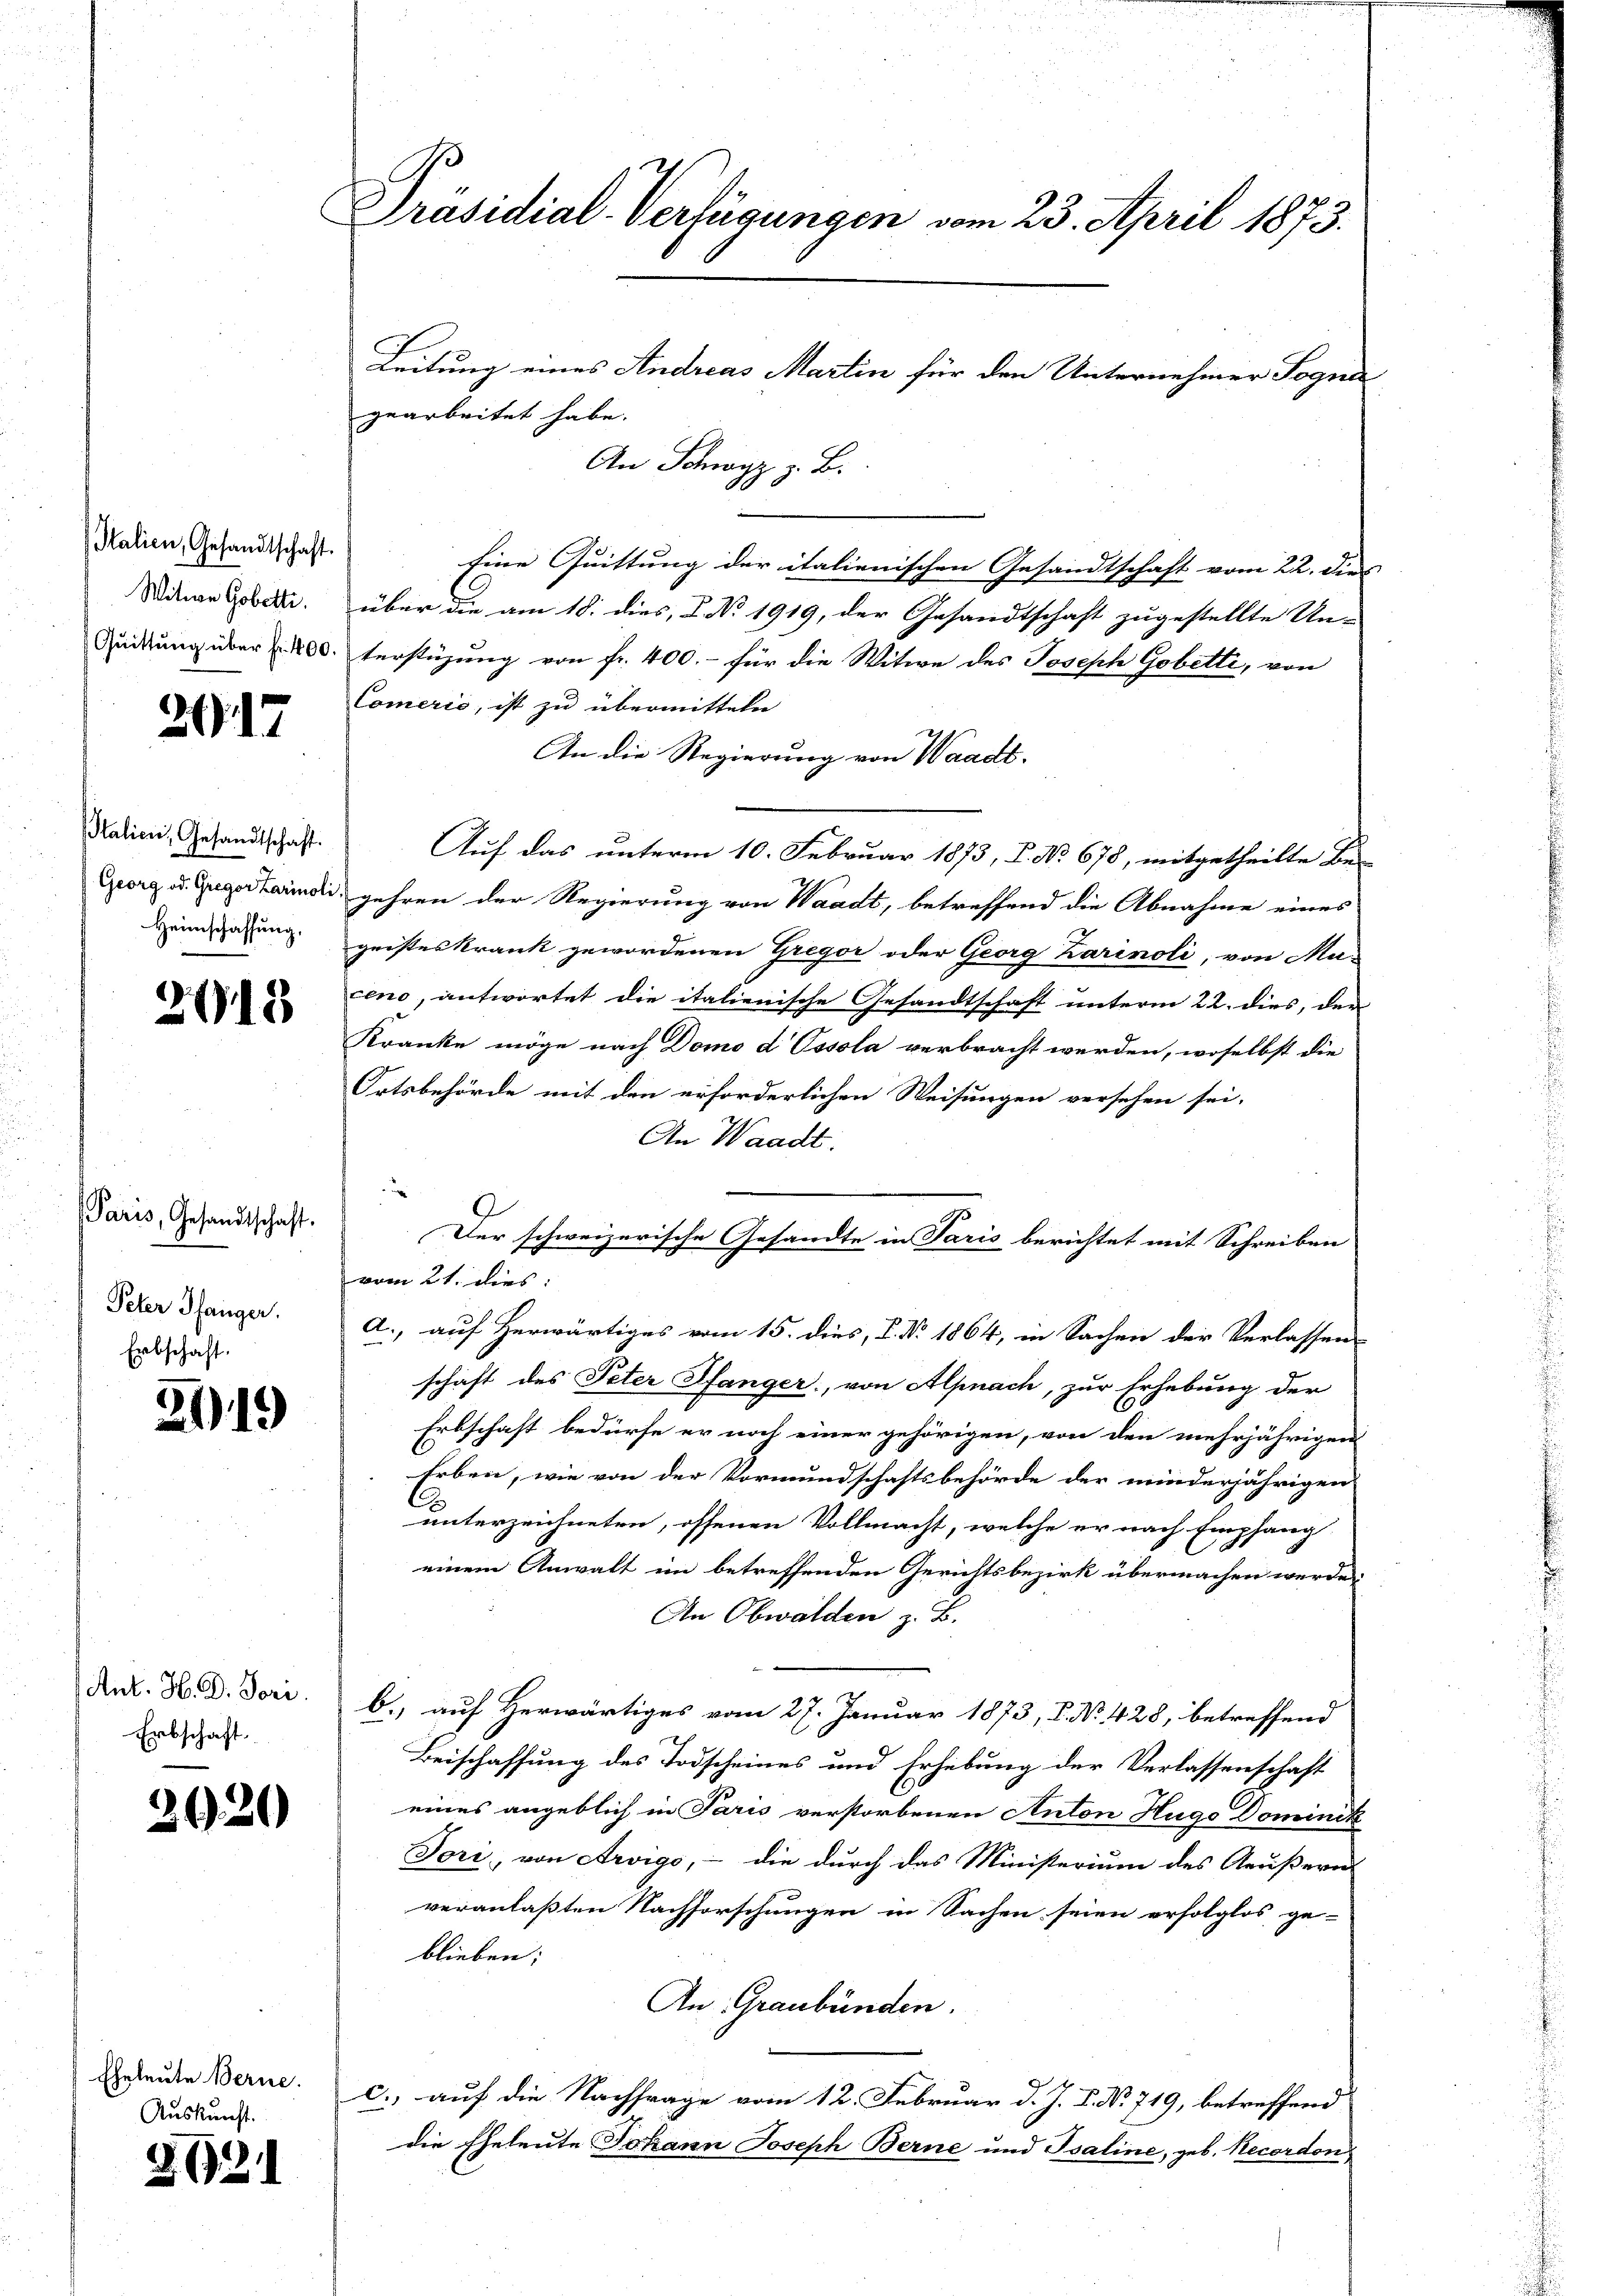
Italien, Gesandtschaft.
Witwe Gobette.

39. 17

Italien, Gesandtschaft.
Heimschaffung,

2118

Paris, Gesandtschaft.
Peter Pfanger.
Erbschaft.

2119

Ant. H. D. Tori.
Erbschaft

2020

Eheleute Berne.
Auskunft.

4621

Präsidial-Verfügungen vom 23. April 1873.

Syz z. B.
Eine Quittung der italienischen Gesandtschaft vom 22. dies |
über die am 18. dies, 2. No 1919, der Gesandtschaft zugestellte Un-
Zückung über 200. Verstüzung von fr. 400.- für die Witwe des Joseph Gobetti, von
Comerie, ist zu übermitteln
An die Regierung von Waadt.
Auf das unterm 10. Februar 1873, P. No 678, mitgetheilte Be-
Georg u. Gugerbarindi, gehren der Regierung von Waadt, betreffend die Abnahme eines
geisteskrank gewordenen Gregor oder Georg Karinoli, von Ma-
eno, antwortet die italienische Gesandtschaft unterm 22. dies, der
Kranke möge nach Domo d Ossola verbracht werden, woselbst die
Ortsbehörde mit den erforderlichen Weisungen versehen sei.
An Waadt.
Der schweizerische Gesandte in Paris berichtet mit Schreiben
vom 21. dies:
a., auf herwärtiges vom 15. dies, P. Nr. 1864, in Sachen der Verlassen
schaft des Peter Pfanger, von Alpnach, zur Erhebung der
Erbschaft bedürfe er noch einer gehörigen, von den mehrjährigen
Erben, wie von der Vormundschaftsbehörde der minderjährigen
unterzeichneten, offenen Vollmacht, welche er nach Empfang
einem Anwalt im betreffenden Gerichtsbezirk übermachen werde.
An Obwalden z. B.
b. auf Herwärtiges vom 27. Januar 1873, 2. No. 428, betreffend
Beischaffung des Todscheines und Erhebung der Verlassenschaft
eines angeblich in Paris verstorbenen Anton Hugo Dominik
Tori, von Arvigo, - die durch das Ministerium des Aeußern
veranlaßten Nachforschungen in Sachen seien erfolglos ge-
blieben;
An Graubünden.
c. auf die Nachfrage vom 12. Februar d. J. J. N. 719, betreffend
die Eheleute Johann Joseph Berne und Isaline, geb. Recordon

gearbeitet habe.

Leitung eines Andreas Martin für den Unternehmer Sogna¬